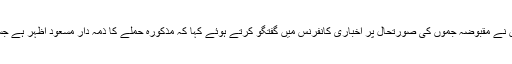
بھارتی وزیردفاع نرملا ستھیارامان نے مقبوضہ جمّوں کی صورتحال پر اخباری کانفرنس میں گفتگو کرتے ہوئے کہا کہ مذکورہ حملے کا ذمہ دار مسعود اظہر ہے جسے مقامی حمایت بھی حاصل ہے۔